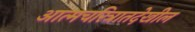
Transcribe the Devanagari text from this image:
आत्मचरित्रातदेखील